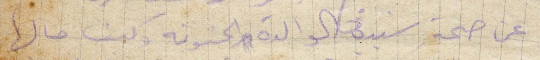
عن صحة سيدتي الوالدة الحنونة وكيف حالها